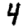
Digit: 4